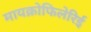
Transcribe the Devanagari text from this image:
मायक्रोफिलेरिई